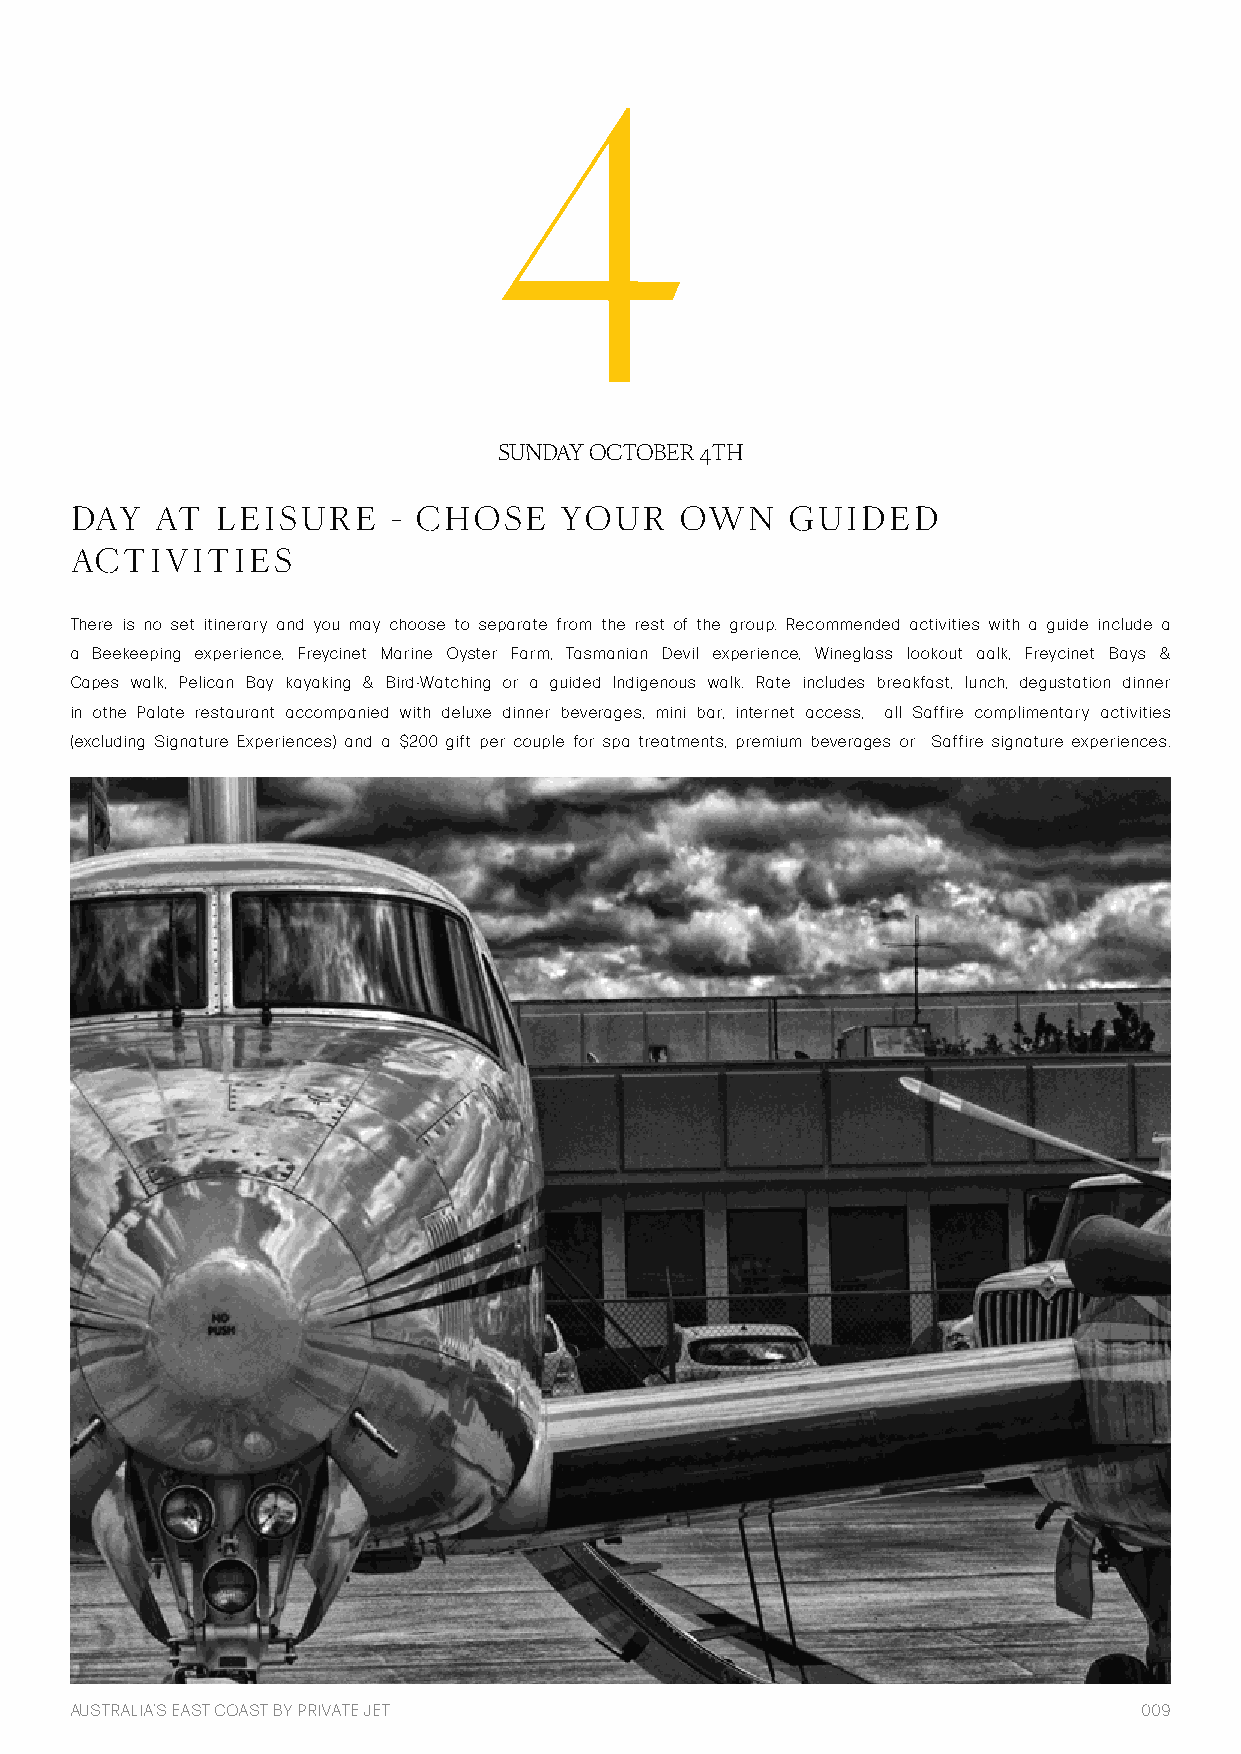
4
 SUNDAY OCTOBER 4TH
 DAY  AT  LEISURE     - CHOSE    YOUR    OWN    GUIDED
 ACTIVITIES
 There is no set itinerary and you may choose to separate from the rest of the group. Recommended activities with a guide include a
 a Beekeeping experience, Freycinet Marine Oyster Farm, Tasmanian Devil experience, Wineglass lookout aalk, Freycinet Bays &
 Capes walk, Pelican Bay kayaking & Bird-Watching or a guided Indigenous walk. Rate includes breakfast, lunch, degustation dinner
 in othe Palate restaurant accompanied with deluxe dinner beverages, mini bar, internet access, all Saffire complimentary activities
 (excluding Signature Experiences) and a $200 gift per couple for spa treatments, premium beverages or Saffire signature experiences.
 AUSTRALIA’S EAST COAST BY PRIVATE JET                                  009